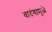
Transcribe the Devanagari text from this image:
वादंगामुळे